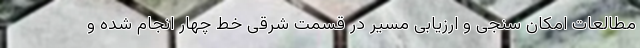
مطالعات امکان سنجی و ارزیابی مسیر در قسمت شرقی خط چهار انجام شده و